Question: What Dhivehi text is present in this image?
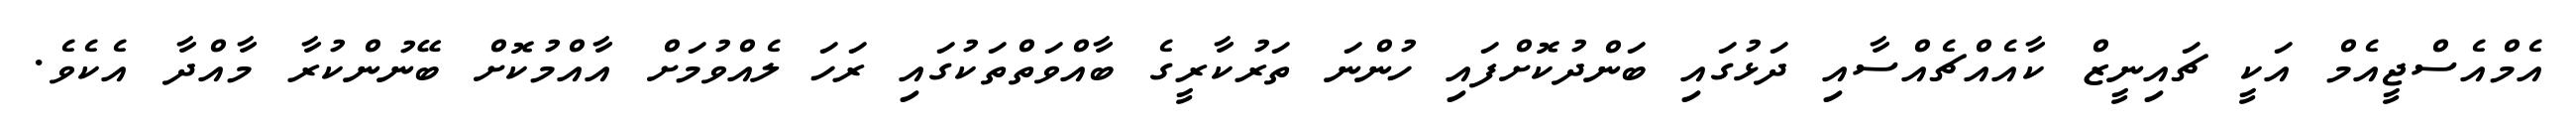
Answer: އެމްއެސްޖީއެމް އަކީ ޗައިނީޒް ކާއެއްޗެއްސާއި ދަޅުގައި ބަންދުކޮށްފައި ހުންނަ ތަރުކާރީގެ ބާއްވަތްތަކުގައި ރަހަ ލެއްވުމަށް އާއްމުކޮށް ބޭނުންކުރާ މާއްދާ އެކެވެ.